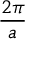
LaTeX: \frac { 2 \pi } { a }